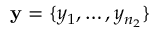
\mathbf y = \{ y _ { 1 } , \dots , y _ { n _ { 2 } } \}